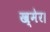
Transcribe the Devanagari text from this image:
ख्मेर।